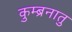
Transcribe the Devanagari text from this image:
कुम्ब्रनातु